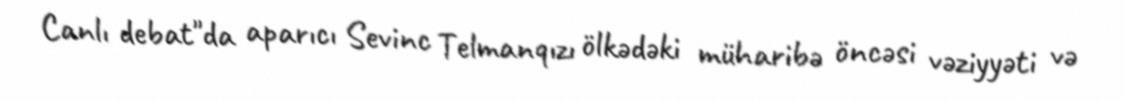
Canlı debat"da aparıcı Sevinc Telmanqızı ölkədəki müharibə öncəsi vəziyyəti və